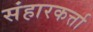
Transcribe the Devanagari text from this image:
संहारकर्त्ता